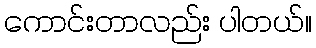
ကောင်းတာလည်း ပါတယ်။